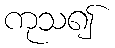
ကုသ၍